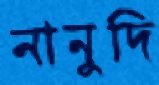
নানুদি